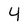
Character: 4